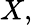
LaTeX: X,